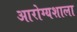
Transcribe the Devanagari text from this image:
आरोग्यशाला